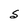
Character: S